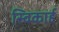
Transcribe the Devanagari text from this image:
स्विकार्ह